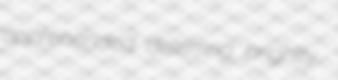
apprehended deterring brightly